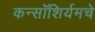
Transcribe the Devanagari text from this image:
कन्सॉशिर्यमचे